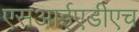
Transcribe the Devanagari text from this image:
एसआईएडीएच